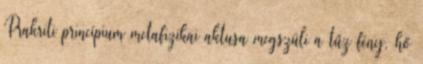
Prakriti princípium metafizikai aktusa megszüli a tűz fény, hő